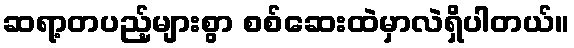
ဆရာ့တပည့်များစွာ စစ်ဆေးထဲမှာလဲရှိပါတယ်။